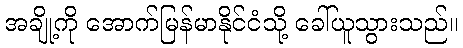
အချို့ကို အောက်မြန်မာနိုင်ငံသို့ ခေါ်ယူသွားသည်။